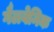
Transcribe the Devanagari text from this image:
गैलवेनिक